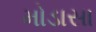
મોડાસા